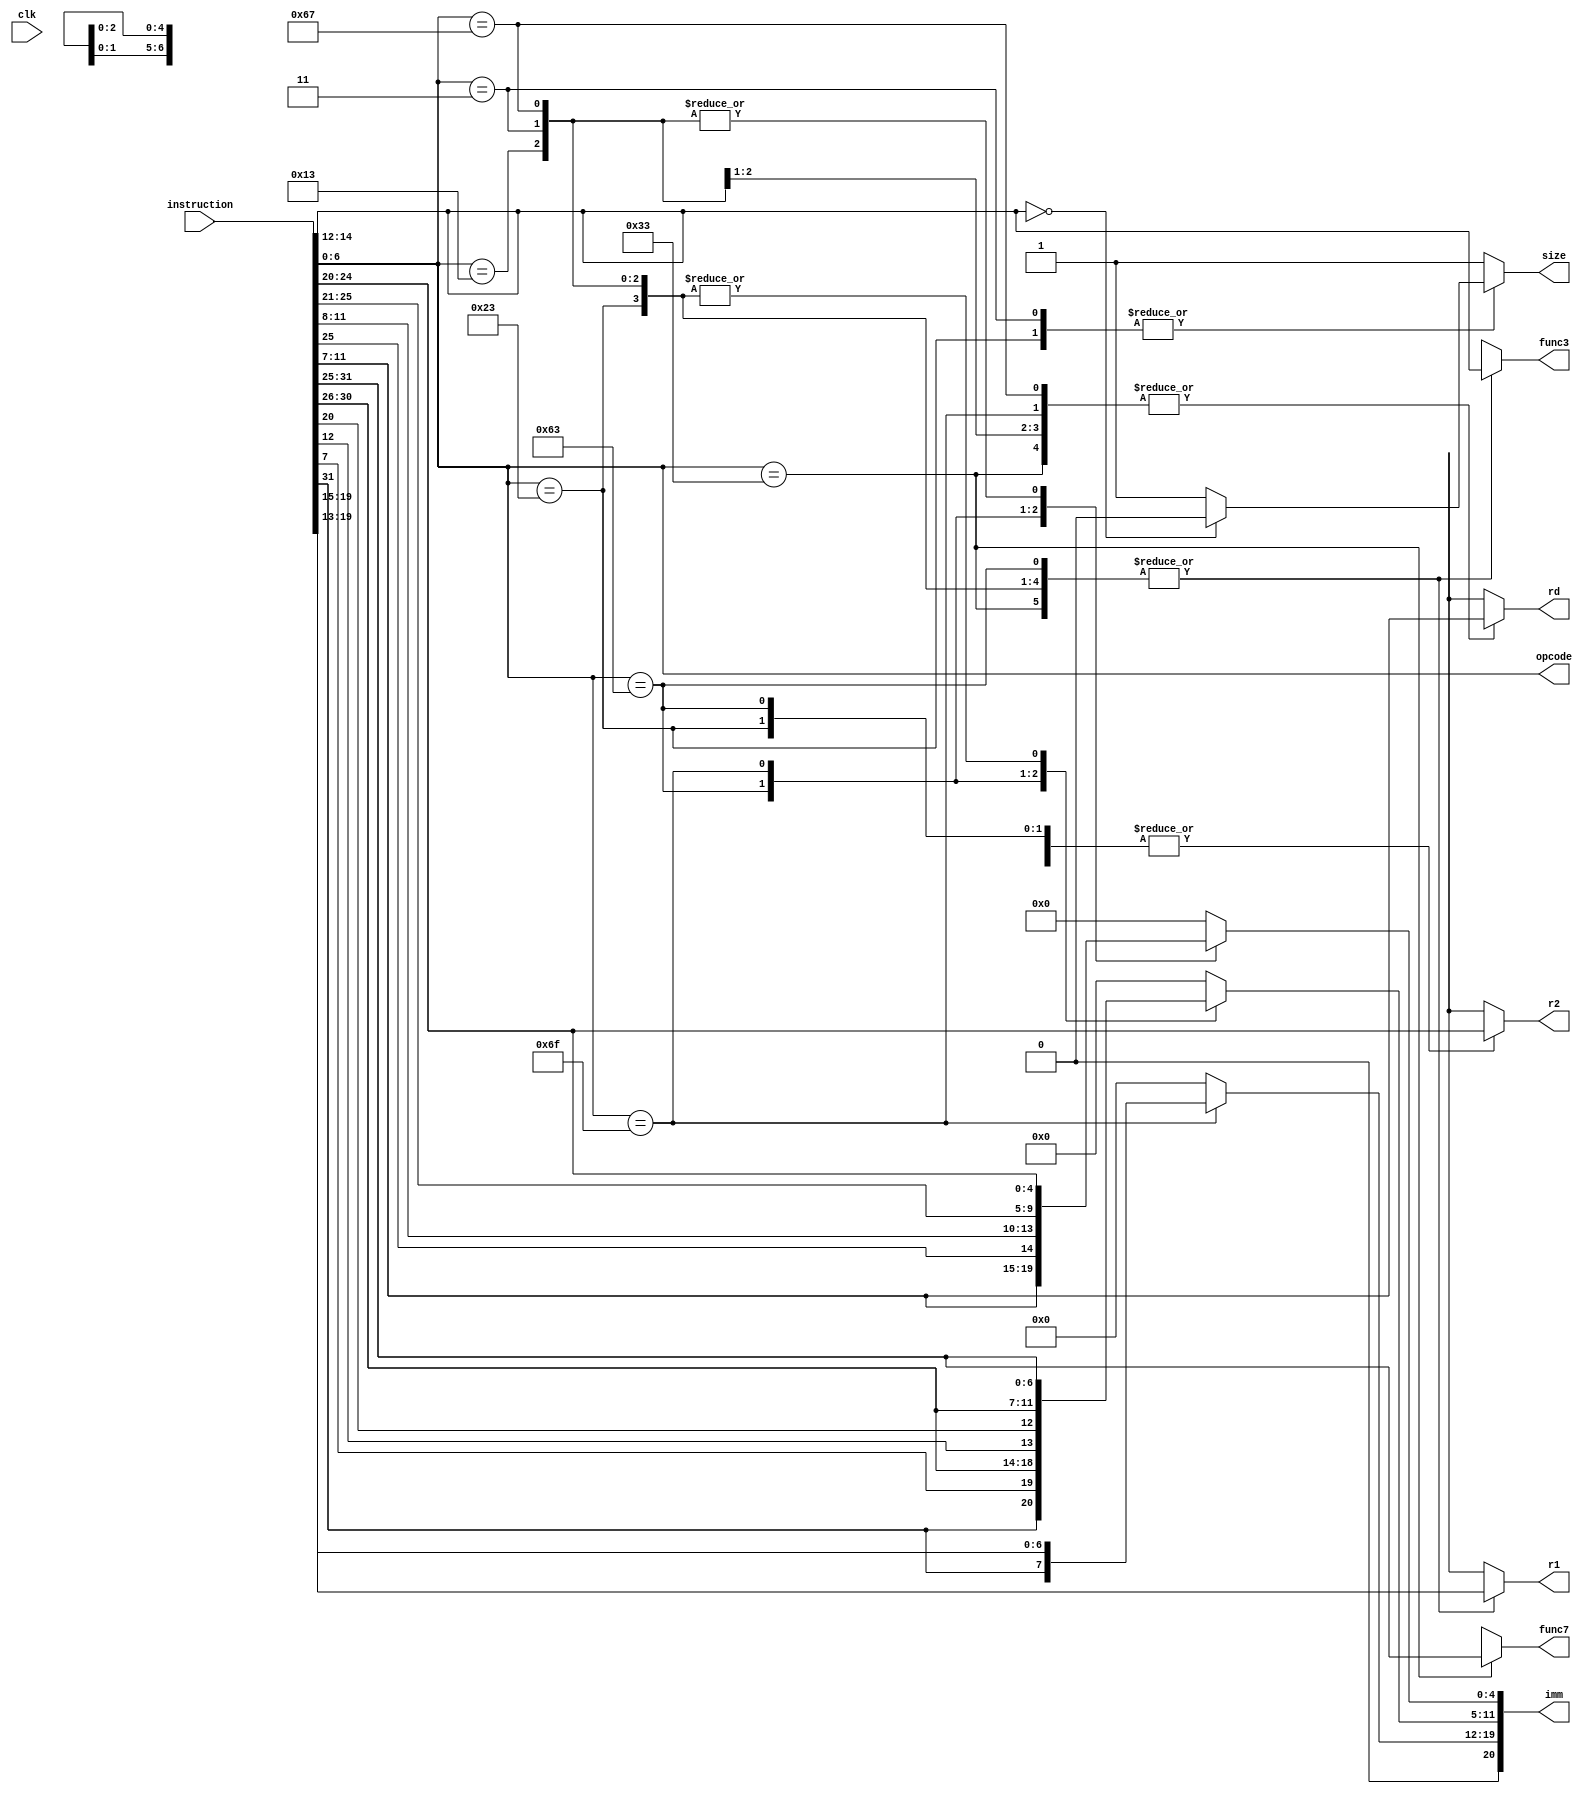
`timescale 1ns / 1ps

module decoder(clk,instruction,func3,func7,opcode,r1,r2,rd,imm,size);

input clk;
input [31:0] instruction;// instruction 32 bit
output reg [2:0] func3;//func3 part
output reg [6:0] func7;// func7 part
output reg [6:0] opcode;//opcode part
output reg [4:0] r1,r2,rd;// address of r1,r2,rd
output reg [20:0] imm;//maximum imm can be 20 
output reg size; //size for lw or Lb

parameter r_type=7'b0110011;// add sub etc
parameter s_type=7'b0100011;//sw sb
parameter i_type=7'b0010011;// addi
parameter l_type=7'b0000011;//lw lb
parameter b_type=7'b1100011;//beq bge blt
parameter jal_type=7'b1101111;// jal
parameter jalr_type=7'b1100111;//jalr

always @(*) begin
    
    func3=3'bx;func7=7'bx;imm=0;r1=5'bx;r2=5'bx;rd=5'bx;// to remove garbage value
    opcode=instruction[6:0];
    size=1;//default size is word 
    case (opcode)
    r_type:
    begin
        rd=instruction[11:7];
        func3=instruction[14:12];
        r1=instruction[19:15];
        r2=instruction[24:20];
        func7=instruction[31:25];
    end
    s_type:
        begin
            imm[4:0]=instruction[11:7];
            func3=instruction[14:12];
            r1=instruction[19:15];
            r2=instruction[24:20];
            imm[11:5]=instruction[31:25];


            if(func3==3'b000)
                size=0;
        end
    i_type:
    begin
        rd=instruction[11:7];
        func3=instruction[14:12];
        r1=instruction[19:15];
        func7=7'bx;
        imm[11:0]=instruction[31:20];
    end
    l_type:
    begin
        rd=instruction[11:7];
        func3=instruction[14:12];
        r1=instruction[19:15];
        func7=7'bx;
        imm[11:0]=instruction[31:20];
        if(func3==3'b000)
                size=0;
    end
    b_type:// shifted right once
    begin
        
        imm[11]=instruction[7];
        imm[4:1]=instruction[11:8];
        func3=instruction[14:12];
        r1=instruction[19:15];
        r2=instruction[24:20];
        imm[10:5]=instruction[30:25];
        imm[12]=instruction[31];

        imm=imm>>>1;//signed right shift
        rd=5'bx;
        func7=7'bx;
    end
    jal_type:begin
        
        rd=instruction[11:7];
        imm[19:12]=instruction[19:12];
        imm[11]=instruction[20];
        imm[10:1]=instruction[30:21];
        imm[20]=instruction[31];

        imm=imm>>>1;//signed right shift
        func3=3'bx;
        r1=5'bx;
        r2=5'bx;
        func7=7'bx;
    end
    jalr_type:
    begin
        rd=instruction[11:7];
        func3=instruction[14:12];
        r1=instruction[19:15];
        func7=7'bx;
        imm[11:0]=instruction[31:20];
    end
    endcase
end
    
endmodule